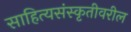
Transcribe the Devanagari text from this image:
साहित्यसंस्कृतीवरील